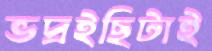
ভদ্রইছিটাই